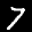
Label: 7